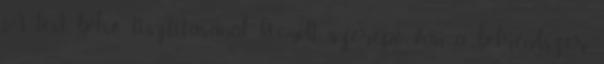
A test belső tisztításánál kiemelt szerepe van a bélrendszer